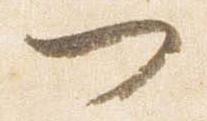
門